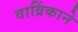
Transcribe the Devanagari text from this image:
वाव्रिंकाने